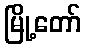
မြို့တော်